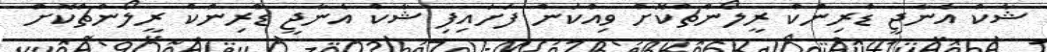
ޝާކް އެނާޖީ ޑްރިންކް ރީލޯންޗްކޮށް ވިއްކަން ފަށައިފި ޝާކް އެނާޖީ ޑްރިންކް ރީލޯންޗްކޮށް